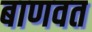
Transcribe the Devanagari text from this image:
बाणवत